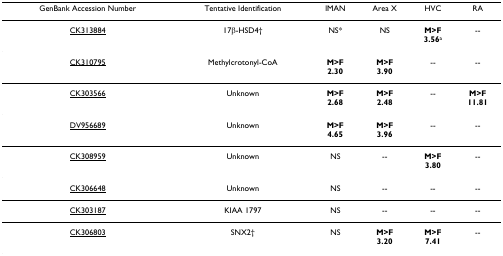
| GenBank Accession Number | Tentative Identification | lMAN | Area X | HVC | RA |
 | --- | --- | --- | --- | --- | --- |
 | CK313884 | 17β-HSD4† | NS* | NS | M>F3.56a | -- |
 | CK310795 | Methylcrotonyl-CoA | M>F2.30 | M>F3.90 | -- | -- |
 | CK303566 | Unknown | M>F2.68 | M>F2.48 | -- | M>F11.81 |
 | DV956689 | Unknown | M>F4.65 | M>F3.96 | -- | -- |
 | CK308959 | Unknown | NS | -- | M>F3.80 | -- |
 | CK306648 | Unknown | NS | -- | -- | -- |
 | CK303187 | KIAA 1797 | NS | -- | -- | -- |
 | CK306803 | SNX2† | NS | M>F3.20 | M>F7.41 | -- |